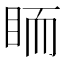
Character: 𥅡